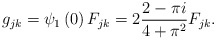
\begin{align*}g_{jk}=\psi _{1}\left( 0\right) F_{jk}=2\frac{2-\pi i}{4+\pi ^{2}}F_{jk}.\end{align*}